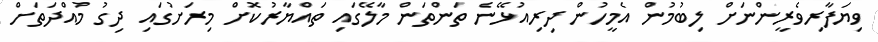
ވިޔަފާރިވެރީންނަށް ލިބުމުން އެމީހުން ދިރިއުޅޭނެ ތަންތަން މާލޭގައި ތައްޔާރުކޮށް މިރަށުގައި ދިގު މުއްދަތަށް